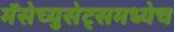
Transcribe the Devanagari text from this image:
मॅसेच्युसेट्समध्येच